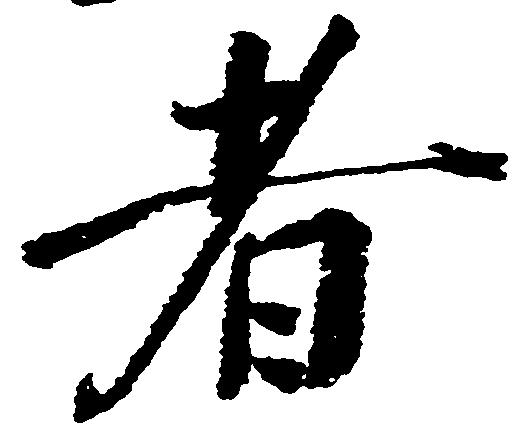
者